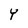
Character: Y